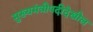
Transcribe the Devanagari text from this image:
मुख्यमंत्रीपदीदेखील